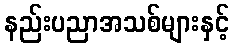
နည်းပညာအသစ်များနှင့်